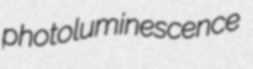
photoluminescence